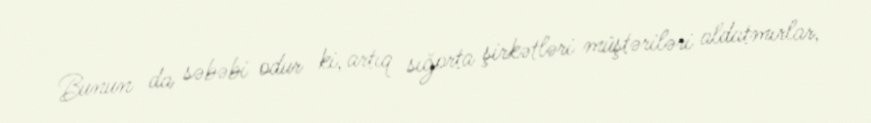
Bunun da səbəbi odur ki, artıq sığorta şirkətləri müştəriləri aldatmırlar,